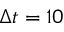
\Delta t = 1 0